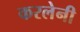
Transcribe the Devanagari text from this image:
करलेनी